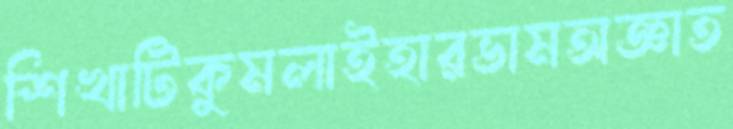
শিখাটিকুমলাইহারভামঅজ্ঞাত